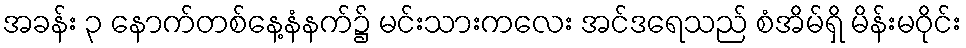
အခန်း ၃ နောက်တစ်နေ့နံနက်၌ မင်းသားကလေး အင်ဒရေသည် စံအိမ်ရှိ မိန်းမဝိုင်း